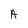
Character: A